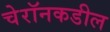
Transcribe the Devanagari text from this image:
चेरॉनकडील